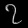
Digit: ၇